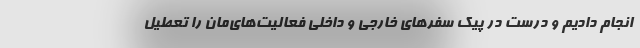
انجام دادیم و درست در پیک سفرهای خارجی و داخلی فعالیت‌های‌مان را تعطیل